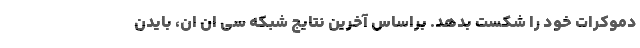
دموکرات خود را شکست بدهد. براساس آخرین نتایج شبکه سی ان ان، بایدن